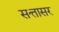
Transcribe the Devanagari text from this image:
सत्तासर